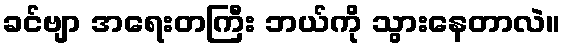
ခင်ဗျာ အရေးတကြီး ဘယ်ကို သွားနေတာလဲ။